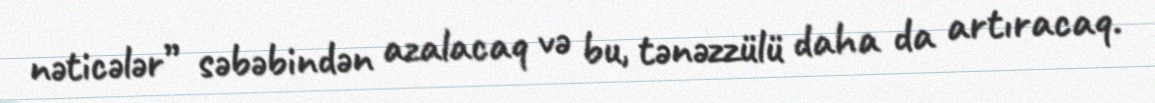
nəticələr” səbəbindən azalacaq və bu, tənəzzülü daha da artıracaq.